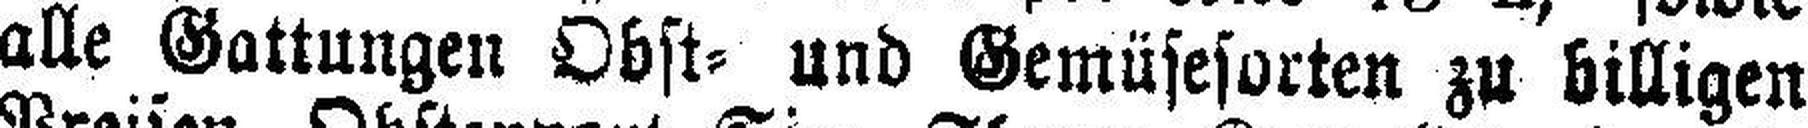
alle Gattungen Obst= und Gemüsesorten zu billigen